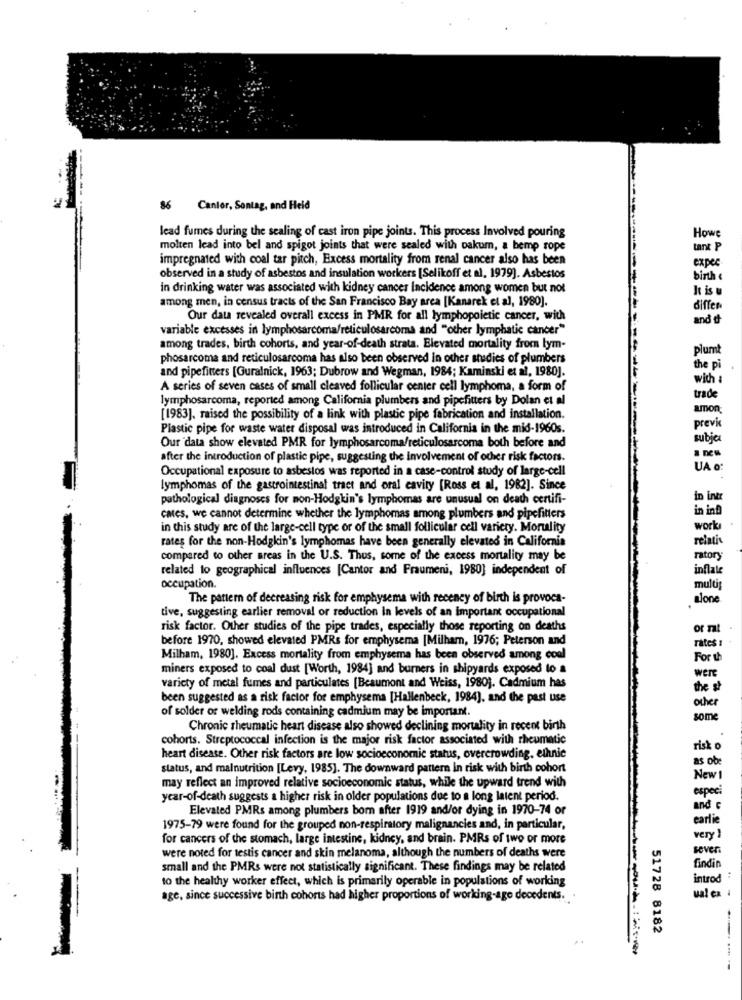
86 Cantor, Sontag, and Held
Howe
lead fumes during the sealing of cast iron pipe joints. This process Involved pouring
molten lead into bel and spigot joints that were sealed with oakum, a bemp rope
tant P
impregnated with coal tar pitch, Excess mortality from renal cancer also has been
expec
observed in a study of asbestos and insulation workers [Selikoff et al, 1979]. Asbestos
birth
In drinking water was associated with kidney cancer Incidence among women but not
It is u
among men, in census tracts of the San Francisco Bay area [Kanarek et al, 1980].
differ
Our data revealed overall excess in PMR for all lymphopoietic cancer, with
and d
variable excesses in lymphosarcoma/reticulosarcoma and "other lymphatic cancer"
among trades, birth cohorts, and year-of-death strata. Elevated mortality from tym-
plumt
phosarcoma and reticulosarcoma has also been observed in other studies of plumbers
and pipefitters [Guralnick, 1963; Dubrow and Wegman, 1984; Kaminski et al, 1980].
the pi
with
A series of seven cases of small cleaved follicular center cell lymphoma, a form of
lymphosarcoma, reported among California plumbers and pipefitters by Dolan et al
trade
amon
[1983], raised the possibility of a link with plastic pipe fabrication and installation.
Plastic pipe for waste water disposal was introduced in California in the mid-1960s.
previs
subje
Our data show elevated PMR for lymphosarcoma/reticulosarcoma both before and
after the introduction of plastic pipe, suggesting the involvement of other risk factors.
Occupational exposure to asbestos was reported in a case-control study of large-cell
UA o
lymphomas of the gastrointestinal tract and oral cavity [Ross et al, 1982]. Since
pathological diagnoses for non-Hodgkin's lymphomas are unusual on death certifi-
in intr
in ind
cates, we cannot determine whether the lymphomas among plumbers and pipefilters
in this study are of the large-cell type or of the small follicular cell variety. Morulity
work
rates for the non-Hodgkin's lymphomas have been generally elevated in California
relativ
compared to other areas in the U.S. Thus, some of the excess mortality may be
ratory
related to geographical influences [Cantor and Fraumeni, 1980] independent of
inflate
occupation.
multis
The pattern of decreasing risk for emphysema with receney of birth is provoca-
alone
tive, suggesting earlier removal or reduction In levels of an important occupational
risk factor. Other studies of the pipe trades, especially those reporting on deaths
or Tal
before 1970, showed elevated PMRs for emphysema [Milham, 1976; Peterson and
rates
Milham, 1980]. Excess mortality from emphysema has been observed among cool
For L
miners exposed to coal dust [Worth, 1984] and burners in shipyards exposed to a
were
variety of metal fumes and particulates [Beaumont and Weiss, 1980). Cadmium has
the st
been suggested as a risk factor for emphysema [Hallenbeck, 1984], and the past use
other
of solder or welding rods containing cadmium may be important.
some
Chronic rheumatic heart disease also showed declining mortality in recent birth
cohorts. Streptococcal infection is the major risk factor associated with rheumatic
risk o
heart disease. Other risk factors are low socioeconomic status, overcrowding, ethnic
as ob
status, and malnutrition [Levy, 1985). The downward pattern In risk with birth cohort
may reflect an improved relative socioeconomic status, while the upward trend with
New 1
year-of-death suggests a higher risk in older populations due to a long latent period.
especi
Elevated PMRs among plumbers born after 1919 and/or dying in 1970-74 or
and c
carlie
1975-79 were found for the grouped non-respiratory malignancies and, in particular,
for cancers of the stomach, large intestine, kidney, and brain. PMRs of two or more
very }
were noted for testis cancer and skin melanoma, although the numbers of deaths were
seven
small and the PMRs were not statistically significant. These findings may be related
findin
to the healthy worker effect, which is primarily operable in populations of working
introd
age, since successive birth cohorts had higher proportions of working-age decedents.
ualex
51728 8182
---